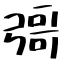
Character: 彁